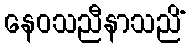
နေဝသညီနာသညိံ